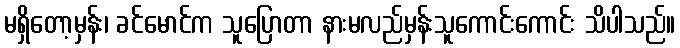
မရှိတော့မှန်း၊ ခင်မောင်က သူပြောတာ နားမလည်မှန်းသူကောင်းကောင်း သိပါသည်။